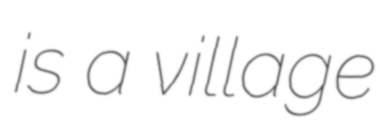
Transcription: is a village